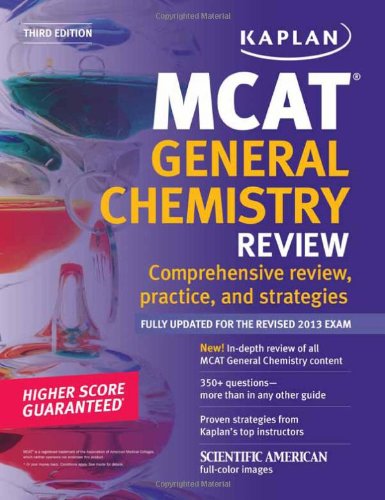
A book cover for Kaplan MCAT General Chemistry Review Notes (Kaplan Test Prep); Kaplan; Test Preparation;